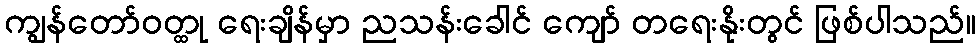
ကျွန်တော်ဝတ္ထု ရေးချိန်မှာ ညသန်းခေါင် ကျော် တရေးနိုးတွင် ဖြစ်ပါသည်။